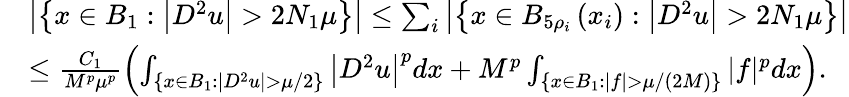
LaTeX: \begin{array}{rl}&{\left|\left\{ x\in B_{1}:\left|D^{2}u\right|>2N_{1}\mu\right\} \right|\leq\sum_{i}\left|\left\{ x\in B_{5\rho_{i}}\left(x_{i}\right):\left|D^{2}u\right|>2N_{1}\mu\right\} \right|}\\ &{\leq\frac{C_{1}}{M^{p}\mu^{p}}\left(\int_{\left\{ x\in B_{1}:\left|D^{2}u\right|>\mu/2\right\} }\left|D^{2}u\right|^{p}dx+M^{p}\int_{\left\{ x\in B_{1}:|f|>\mu/(2M)\right\} }|f|^{p}dx\right).}\end{array}